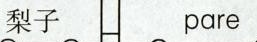
梨子 pare